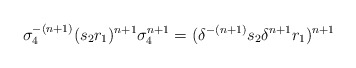
\begin{align*} \sigma_4^{-(n+1)} (s_2 r_1)^{n+1} \sigma_4^{n+1} = (\delta^{-(n+1)} s_2 \delta^{n+1} r_1)^{n+1}\end{align*}